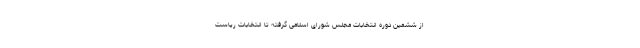
از ششمین دوره انتخابات مجلس شورای اسلامی گرفته تا انتخابات ریاست‌